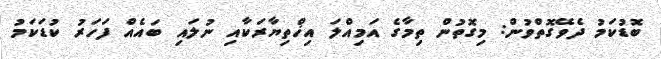
ބޮޑުކަމު ދެވޭގޮތްވުން: މިގޮތުން ތިމާގެ އަމިއްލަ އިޚްތިޔާރަކާއި ނުލައި ބައެއް ފަހަރު ކުޑަކަމު